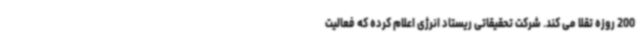
200 روزه تقلا می کند. شرکت تحقیقاتی ریستاد انرژی اعلام کرده که فعالیت